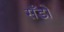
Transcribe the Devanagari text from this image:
सँडो